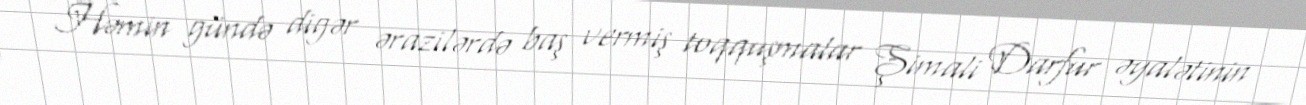
Həmin gündə digər ərazilərdə baş vermiş toqquşmalar Şimali Darfur əyalətinin